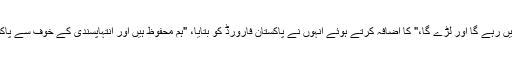
وہ "ہماری بقاء کے لیے یہیں رہے گا اور لڑے گا،" کا اضافہ کرتے ہوئے انہوں نے پاکستان فارورڈ کو بتایا، "ہم محفوظ ہیں اور انتہاپسندی کے خوف سے پاکستان سے نہیں بھاگیں گے۔